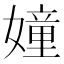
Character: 𮱘